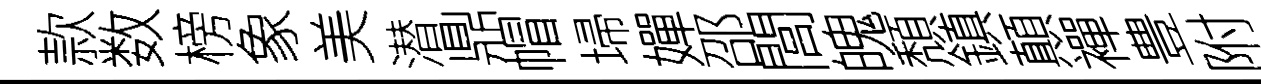
款数榜象美潜鼎帽埽嬋邵閭魄頽鎮顛襌豊附